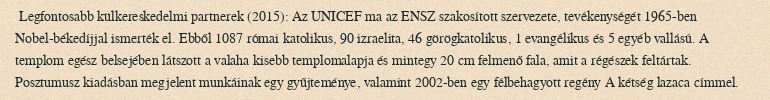
Legfontosabb külkereskedelmi partnerek (2015): Az UNICEF ma az ENSZ szakosított szervezete, tevékenységét 1965-ben Nobel-békedíjjal ismerték el. Ebből 1087 római katolikus, 90 izraelita, 46 görögkatolikus, 1 evangélikus és 5 egyéb vallású. A templom egész belsejében látszott a valaha kisebb templomalapja és mintegy 20 cm felmenő fala, amit a régészek feltártak. Posztumusz kiadásban megjelent munkáinak egy gyűjteménye, valamint 2002-ben egy félbehagyott regény A kétség lazaca címmel.